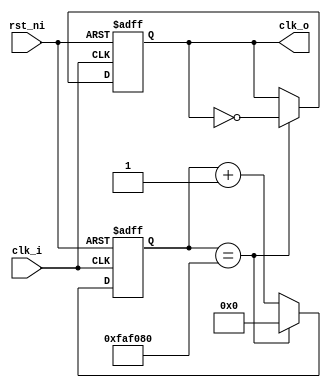
module divfreq (
		input				clk_i,
		input				rst_ni,
		output reg		clk_o
);

	reg [23:0] ctr_r;

	always@(posedge clk_i, negedge rst_ni)
	begin
		// El reset siempre tiene la mayor prioridad
		if(!rst_ni)
			begin
				ctr_r <= 24'b0;
				clk_o <= 1'b1;
			end
		else
			begin
				ctr_r <= ctr_r + 1'b1;
				if (ctr_r == 24'd50000000)
					begin
						ctr_r <= 24'b0;
						clk_o = ~clk_o;
					end
			end
	end


endmodule